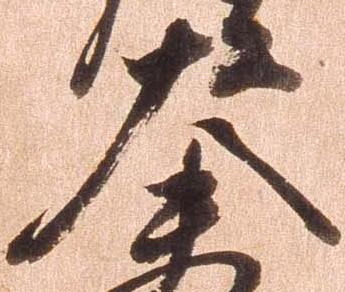
大